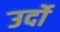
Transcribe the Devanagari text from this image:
उर्दो